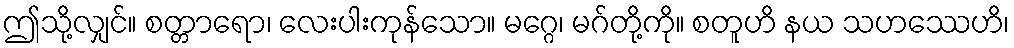
ဤသို့လျှင်။ စတ္တာရော၊ လေးပါးကုန်သော။ မဂ္ဂေ၊ မဂ်တို့ကို။ စတူဟိ နယ သဟဿေဟိ၊